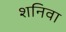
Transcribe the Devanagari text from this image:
शनिवा